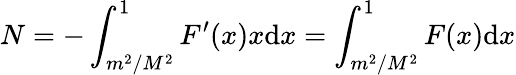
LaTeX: N=-\int_{m^{2}/M^{2}}^{1}F^{\prime}(x)x\mathrm{d}x=\int_{m^{2}/M^{2}}^{1}F(x)\mathrm{d}x